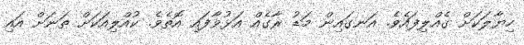
ހިޔާލަކަށް ގެއްލިފައެވެ. އަނގައިން މަޑު ރާގެއް އަޅުވާފައި އޮތެވެ. ކުއްލިއަކަށް ތަނަށް އައި